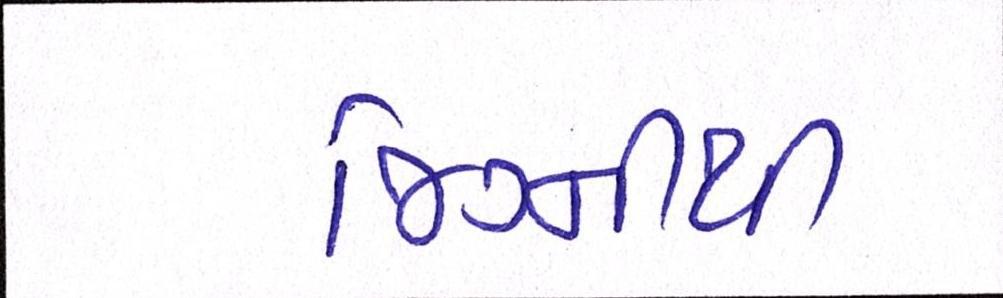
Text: જિગ્નીથી